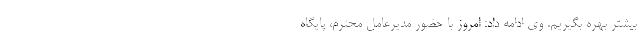
بیشتر بهره بگیریم. وی ادامه داد: امروز با حضور مدیرعامل محترم، پایگاه